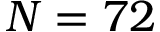
N = 7 2